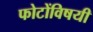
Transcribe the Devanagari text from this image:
फोटोंविषयी